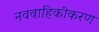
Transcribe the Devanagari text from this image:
नववाहिकीकरण